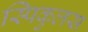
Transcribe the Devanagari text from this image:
स्पिकुलस